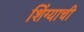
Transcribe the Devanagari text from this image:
शिंग्याची